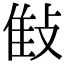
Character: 𢽝